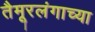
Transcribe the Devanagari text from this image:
तैमूरलंगाच्या